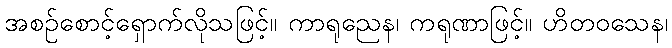
အစဉ်စောင့်ရှောက်လိုသဖြင့်။ ကာရုညေန၊ ကရုဏာဖြင့်။ ဟိတဝသေန၊